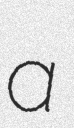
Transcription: a